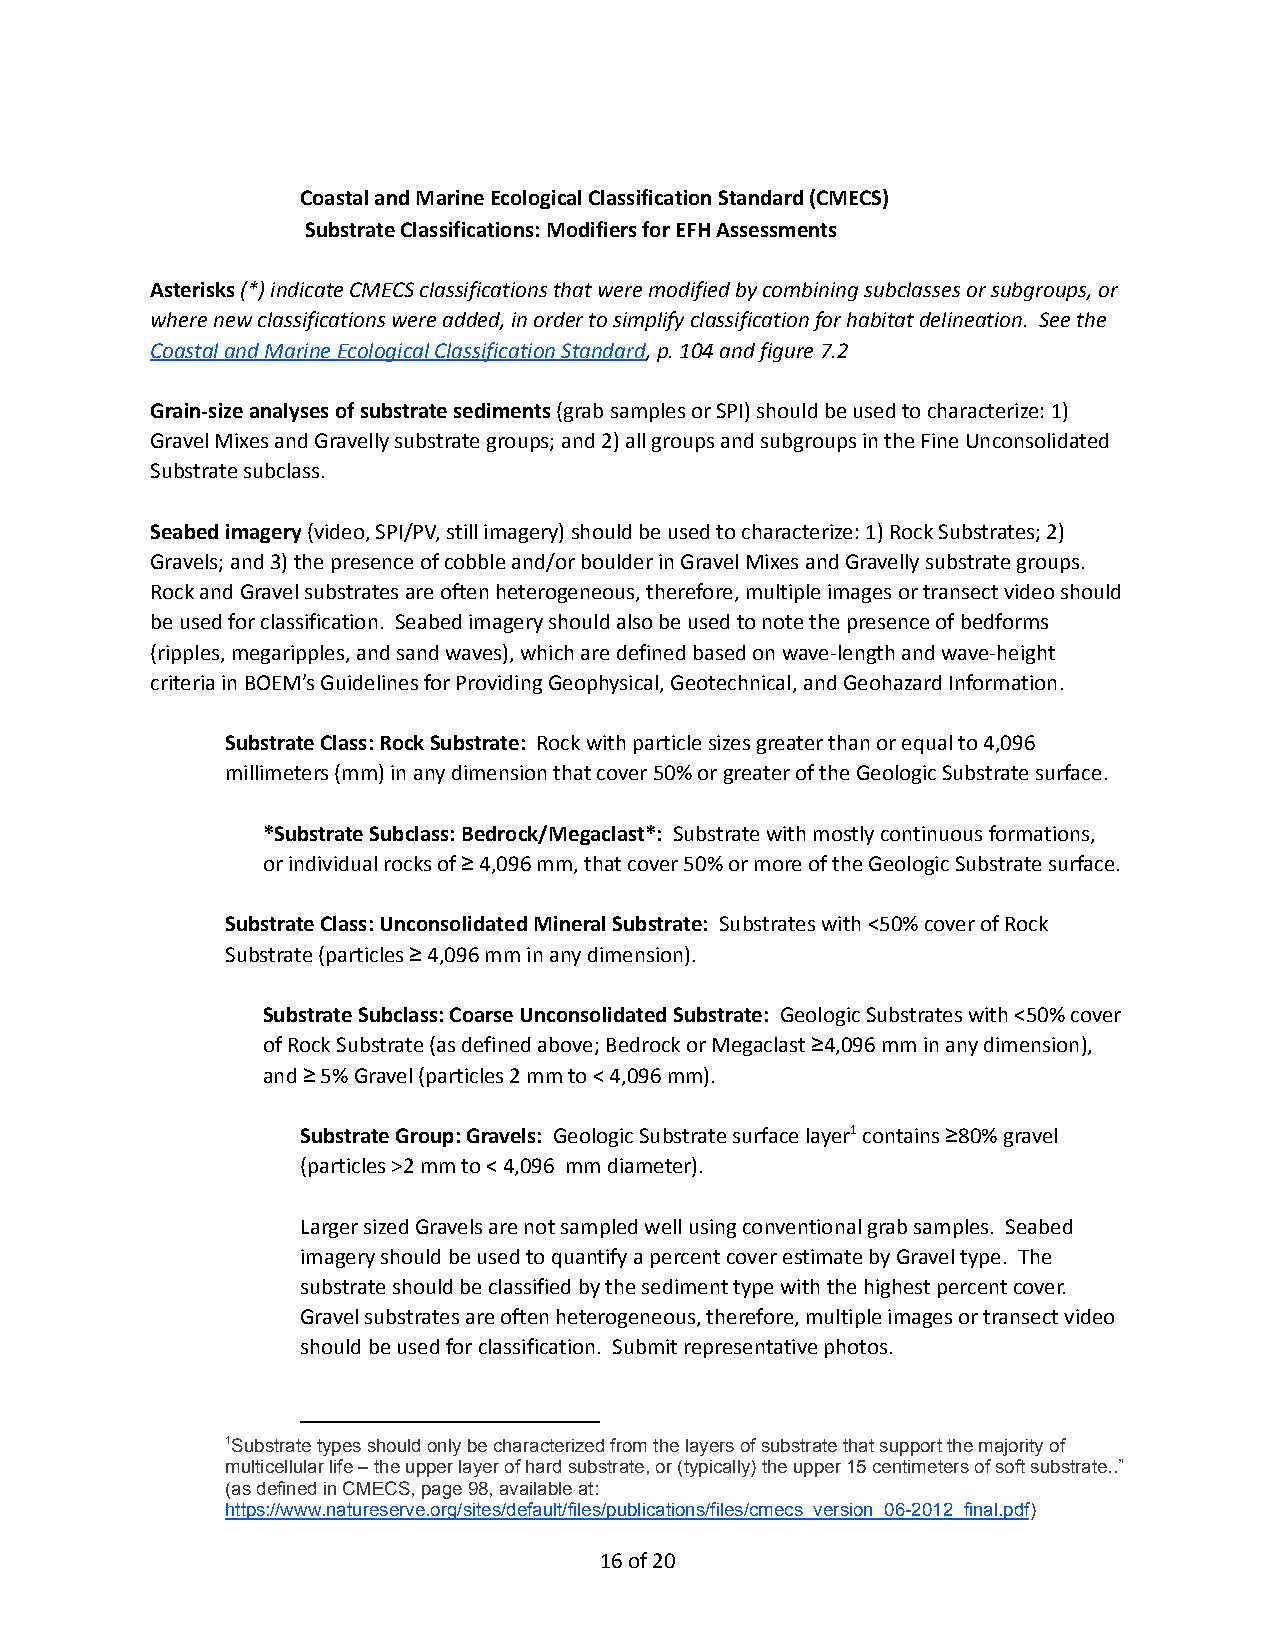
Coastal and Marine Ecological Classification Standard(CMECS)
 Substrate Classifications: Modifiers for EFH Assessments
 Asterisks(*) indicate CMECS classifications thatwere modified by combining subclasses or subgroups,or
 where new classifications were added, in order tosimplify classificationfor habitat delineation. See the
 Coastal and Marine Ecological Classification Standard,p. 104 and figure 7.2
 Grain-size analyses of substrate sediments(grab samplesor SPI) should be used to characterize: 1)
 Gravel Mixes and Gravelly substrate groups; and 2)all groups and subgroups in the Fine Unconsolidated
 Substrate subclass.
 Seabed imagery(video, SPI/PV, still imagery) shouldbe used to characterize: 1) Rock Substrates; 2)
 Gravels; and 3) the presence of cobble and/or boulderin Gravel Mixes and Gravelly substrate groups.
 Rock and Gravel substrates are often heterogeneous,therefore, multiple images or transect video should
 be used for classification. Seabed imagery shouldalso be used to note the presence of bedforms
 (ripples, megaripples, and sand waves), which aredefined based on wave-length and wave-height
 criteria in BOEM’s Guidelines for Providing Geophysical,Geotechnical, and Geohazard Information.
 Substrate Class: Rock Substrate: Rock with particlesizes greater than or equal to 4,096
 millimeters (mm) in any dimension that cover 50% orgreater of the Geologic Substrate surface.
 *Substrate Subclass: Bedrock/Megaclast*: Substratewith mostly continuous formations,
 or individual rocks of ≥ 4,096 mm, that cover 50%or more of the Geologic Substrate surface.
 Substrate Class: Unconsolidated Mineral Substrate: Substrates with <50% cover of Rock
 Substrate (particles ≥ 4,096 mm in any dimension).
 Substrate Subclass: Coarse Unconsolidated Substrate: Geologic Substrates with <50% cover
 of Rock Substrate (as defined above; Bedrock or Megaclast≥4,096 mm in any dimension),
 and ≥ 5% Gravel (particles 2 mm to < 4,096 mm).
 Substrate Group: Gravels: Geologic Substrate surfacelayer1contains ≥80% gravel
 (particles >2 mm to < 4,096 mm diameter).
 Larger sized Gravels are not sampled well using conventionalgrab samples. Seabed
 imagery should be used to quantify a percent coverestimate by Gravel type. The
 substrate should be classified by the sediment typewith the highest percent cover.
 Gravel substrates are often heterogeneous, therefore,multiple images or transect video
 should be used for classification. Submit representativephotos.
 1Substrate types should only be characterized fromthe layers of substrate that support the majorityof
 multicellular life – the upper layer of hard substrate,or (typically) the upper 15 centimeters of soft substrate..”
 (as defined in CMECS, page 98, available at:
 https://www.natureserve.org/sites/default/files/publications/files/cmecs_version_06-2012_final.pdf)
 16of 20